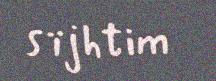
sïjhtim